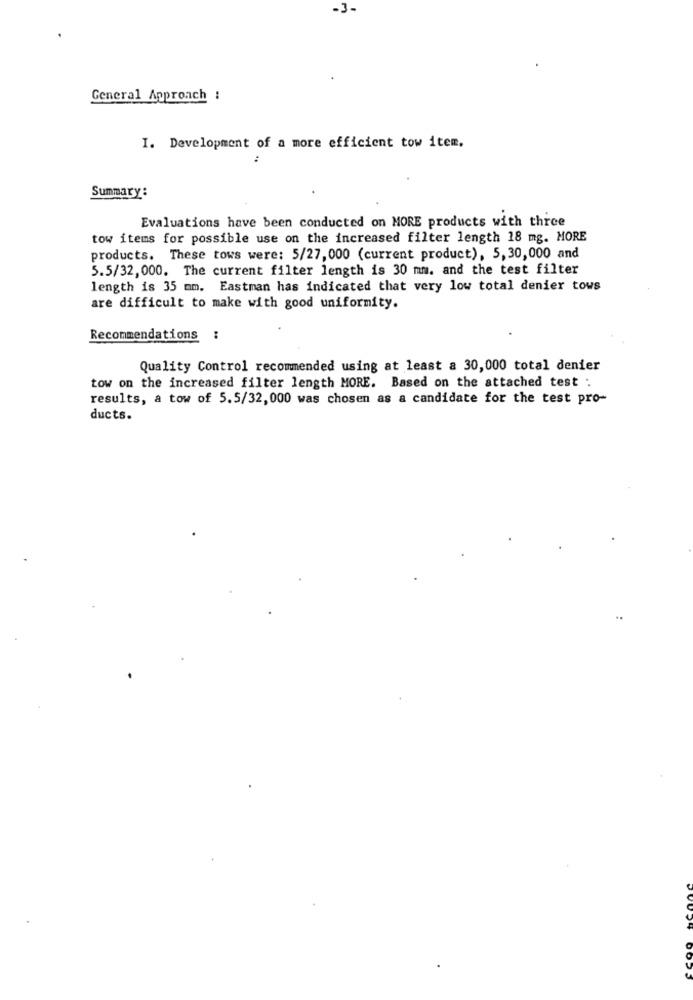
-3-
General Approach :
I. Development of a more efficient tow item.
:
Summary:
Evaluations have been conducted on MORE products with three
tow items for possible use on the increased filter length 18 mg. MORE
products. These tows were: 5/27, 000 (current product), 5,30,000 and
5.5/32, 000. The current filter length is 30 mm. and the test filter
length is 35 mm. Eastman has indicated that very low total denier tows
are difficult to make with good uniformity.
Recommendations :
Quality Control recommended using at least a 30,000 total denier
tow on the increased filter length MORE. Based on the attached test :
results, a tow of 5.5/32, 000 was chosen as a candidate for the test pro-
ducts.